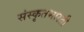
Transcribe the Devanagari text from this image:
संस्कृतभारती